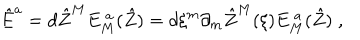
LaTeX: \hat { E } ^ { { a } } = d \hat { Z } ^ { { M } } E _ { { M } } ^ { ~ { a } } ( \hat { Z } ) = d \xi ^ { m } \partial _ { m } \hat { Z } ^ { { M } } ( \xi ) E _ { { M } } ^ { ~ { a } } ( \hat { Z } ) \; ,